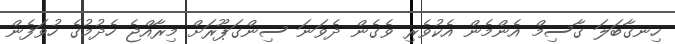
ހިނގާބަލަ ގާސިމް އެންމެން އެކުވެރި ވެގެން ދެވަނަ ސިންގަޕޫރަށް މިރާއްޖެ ހެދުމުގެ ހުވަފެން